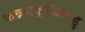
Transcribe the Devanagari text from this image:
कन्नमकुजिताडु